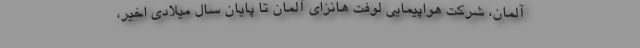
آلمان، شرکت هواپیمایی لوفت هانزای آلمان تا پایان سال میلادی اخیر،